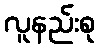
လူနည်းစု